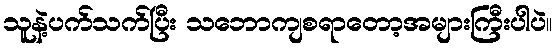
သူနဲ့ပက်သက်ပြီး သဘောကျစရာတော့အများကြီးပါပဲ။